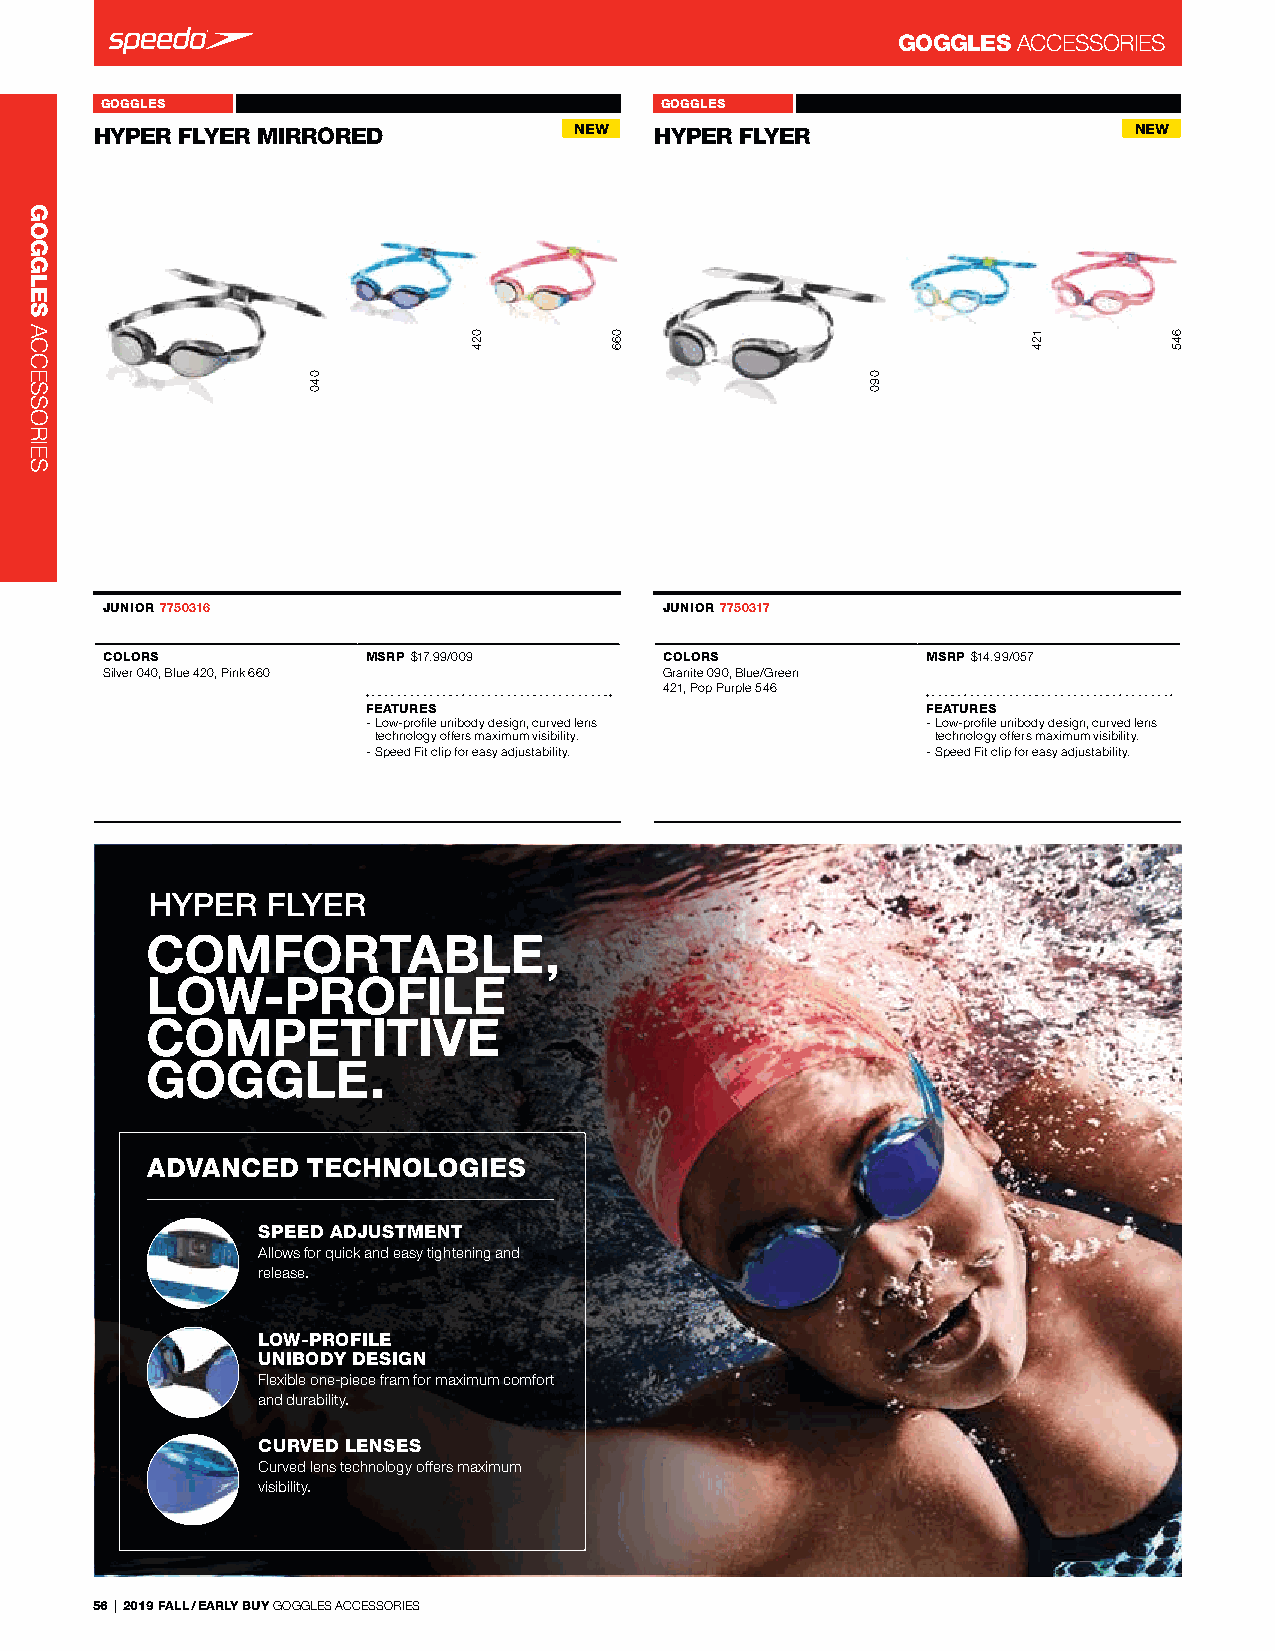
GOGGLES ACCessorIes
 GOGGLES           HYPER FLYER MIRRORED 7750316 GOGGLES  HYPER FLYER 7750317
 HYPER FLYER MIRARngleOs FrRee BEackD 7719731 NEW HYPER FLYER Angles Free Back 7719731 NEW
 Angles Free Back_7719731             Angles Free Back_7719731
 JUNIOR 7750316                       JUNIOR 7750317
 COLORS           MSRP $17.99/009     COLORS           MSRP $14.99/057
 silver 040, Blue 420, Pink 660       Granite 090, Blue/Green
 421, Pop Purple 546
 FEATURES                             FEATURES
 - low-profile unibody design, curved lens - low-profile unibody design, curved lens
 technology offers maximum visibility. technology offers maximum visibility.
 - speed Fit clip for easy adjustability. - speed Fit clip for easy adjustability.
 HYPER   FLYER
 COMFORTABLE,
 LOW-PROFILE
 COMPETITIVE
 GOGGLE.
 ADVANCED  TECHNOLOGIES
 SPEED ADJUSTMENT
 Allows for quick and easy tightening and
 release.
 LOW-PROFILE
 UNIBODY DESIGN
 Flexible one-piece fram for maximum comfort
 and durability.
 CURVED LENSES
 Curved lens technology offers maximum
 visibility.
 56 | 2019 FALL / EARLY BUY GoGGles ACCessorIes
 GOGGLES
 ACCessorIes
 040
 024      066
 090
 124       645